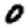
Digit: 0